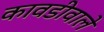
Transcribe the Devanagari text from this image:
कावडीवाले